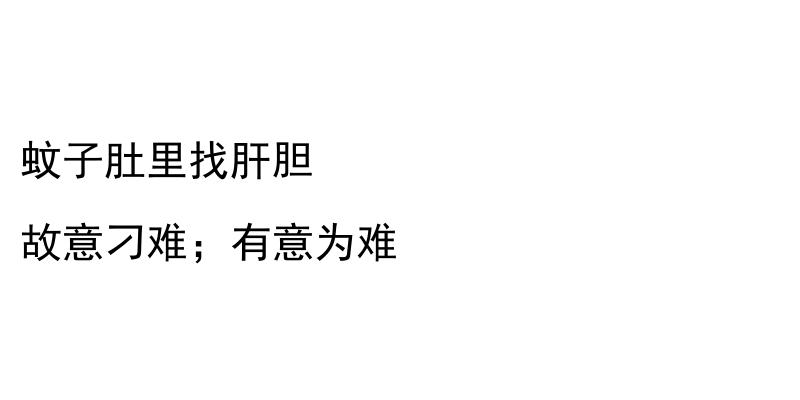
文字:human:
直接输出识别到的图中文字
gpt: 蚊子肚里找肝胆 故意刁难；有意为难